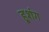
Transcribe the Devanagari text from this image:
हुशंग